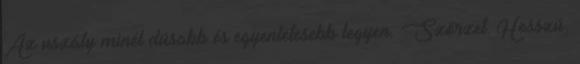
Az uszály minél dúsabb és egyenletesebb legyen. Szőrzet: Hosszú,